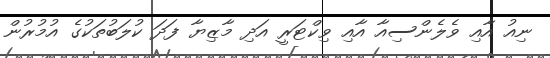
ނިއު އާއި ވެލެންސިއާ އާއި ވިކްޓަރީ އަދި މާޒިޔާ ފަދަ ކުލަބުތަކުގެ އުމުރުން